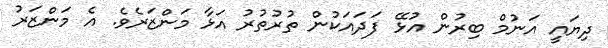
ދިޔައީ އަނުމް ބިރުން އުޅޭ ފަދައަކުން ތުރުތުރު އަޅާ މަންޒަރެވެ. އެ މަންޒަރު